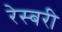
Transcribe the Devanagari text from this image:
रेस्बरी